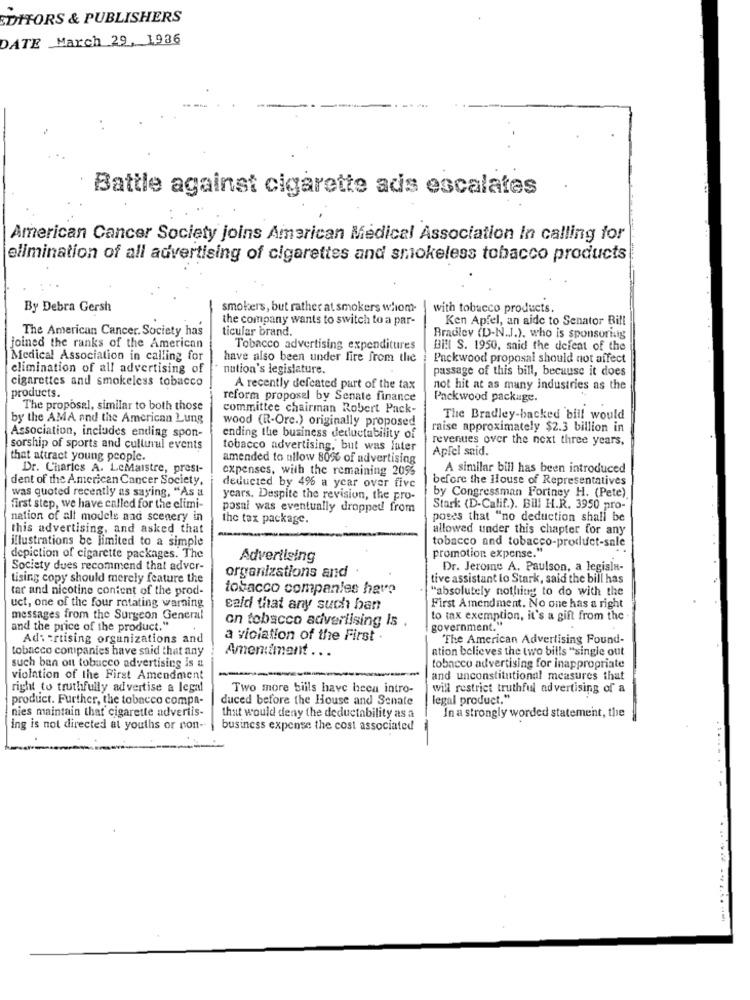
EDITORS & PUBLISHERS
DATE March 29, 1936
Battle against cigarette ads escalates
American Cancer Society joins American Medical Association In calling for
elimination of all advertising of cigarettes and smokeless tobacco products
By Debra Gersh
smokers, but rather at smokers whom-
with tobacco products.
the company wants to switch to a par-
Ken Apfel, an aide to Senator Bill
The American Cancer. Society has
ticular brand.
Bradley (D-N.J.), who is sponsoring
joined the ranks of the American
Tobacco advertising expenditures
Bill S. 1950, said the defeat of the
Medical Association in calling for
have also been under fire from the
Packwood proposal should not affect
elimination of all advertising of
nation's legislature.
passage of this bill, because it does
cigarettes and smokeless tobacco
A recently defeated part of the tax
not hit at as many industries as the
products.
reform proposal by Senate finance
Packwood package.
The proposal, similar to both those
committee chairman Robert Pack-
by the AMA and the American Lung
wood (R-Ore.) originally proposed
The Bradley-backed bill would
raise approximately $2.3 billion in
Association, includes ending spon-
ending the business deductability of
revenues over the next three years,
sorship of sports and cultural events
tobacco advertising, but was later
Apfel said.
that attract young people.
amended to allow 80% of advertising
Dr. Charics A. L.cMaistre, presi-
expenses, with the remaining 2095
A similar bill has been introduced
dent of the American Cancer Society,
before the House of Representatives
was quoted recently as saying, "As a
deducted by 4% a year over five
by Congressman Fortney H. (Pete).
years. Despite the revision, the pro-
first step, we have called for the elimi-
posai was eventually dropped from
Stark (D-Calif.). Bill H.R. 3950 pro-
nation of all models nad scenery in
the tax package.
poses that "no deduction shall be
this advertising, and asked that
allowed under this chapter for any
illustrations be limited to a simple
promotion expense."
tobacco and tobacco-product-sale
depiction of cigarette packages. The
Advertising
Society dues recommend that adver-
organizations and
Dr. Jerome A. Paulson, a legisla-
tising copy should merely feature the
tive assistant to Stark, said the bill has
tar and nicotine content of the prod-
tobacco companies have
"absolutely nothing to do with the
uct, one of the four rotating warning
said that any such ban
First Amendment. No one has a right
messages from the Surgeon General
on tobacco advertising Is .
to tax exemption, it's a gift from the
and the price of the product."
government."
Advertising organizations and
a violation of the First .
The American Advertising Found-
tobacco companies have said that any
Amendment .. .
ation believes the two bills "single out
such ban out tobacco advertising is a
tobacco advertising for inappropriate
violation of the First Amendment
and unconstitutional measures that
right to truthfully advertise a legal
Two more bills have been intro-
will restrict truthful advertising of a
product. Further, the tobacco compa-
duced before the House and Senate
legal product."
nies maintain that cigarette advertis-
that would deny the deductability as a
In a strongly worded statement, the
ing is not directed at youths or non-
business expense the cost associated
....